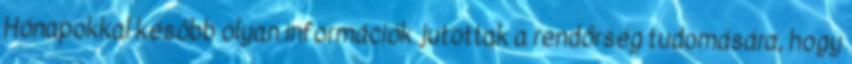
Hónapokkal később olyan információk jutottak a rendőrség tudomására, hogy